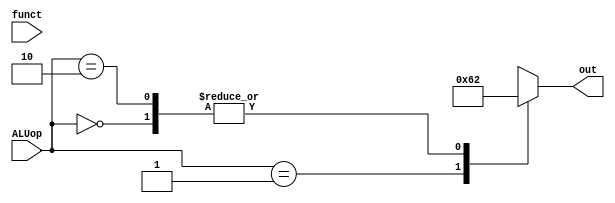
`timescale 1ns/1ps

module ALUCtrl (funct, ALUop, out);
    input [5:0] funct;
    input [1:0] ALUop;
    output reg [3:0] out;


    always @(ALUop | funct) begin
        case(ALUop)
            2'b00 : out = 4'b0010; //addi, lw, sw
            2'b01 : out = 4'b0110; //beq
            2'b10 : out = 4'b0010; //add
            default : out = 4'bXXXX; //j
        endcase
    end
endmodule